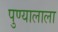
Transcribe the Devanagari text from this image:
पुण्यालाला